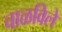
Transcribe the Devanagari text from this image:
चाळविले